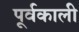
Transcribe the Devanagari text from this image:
पूर्वकाली